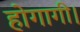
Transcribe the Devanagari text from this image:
होगागी।